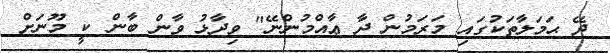
ދޭ ޙަމަލާތަކުގައި މަރަމުން ދާ ޢާއްމުންނޭ" ވިދާޅު ވާން ބާން ކީ މޫނަށް